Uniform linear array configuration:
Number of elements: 24
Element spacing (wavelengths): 0.5
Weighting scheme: exponential
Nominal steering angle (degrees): -30
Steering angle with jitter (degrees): -29.183
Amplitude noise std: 0.05
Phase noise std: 0.05

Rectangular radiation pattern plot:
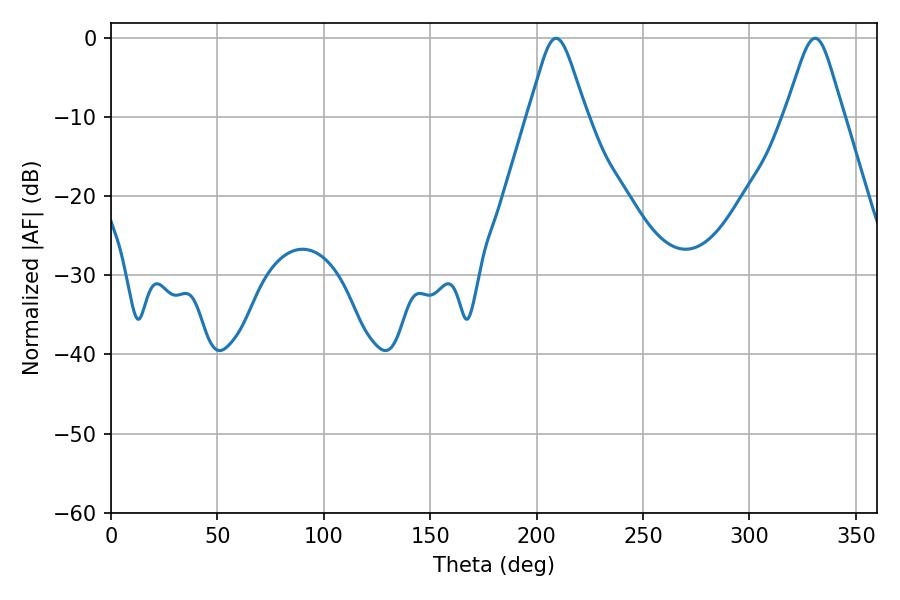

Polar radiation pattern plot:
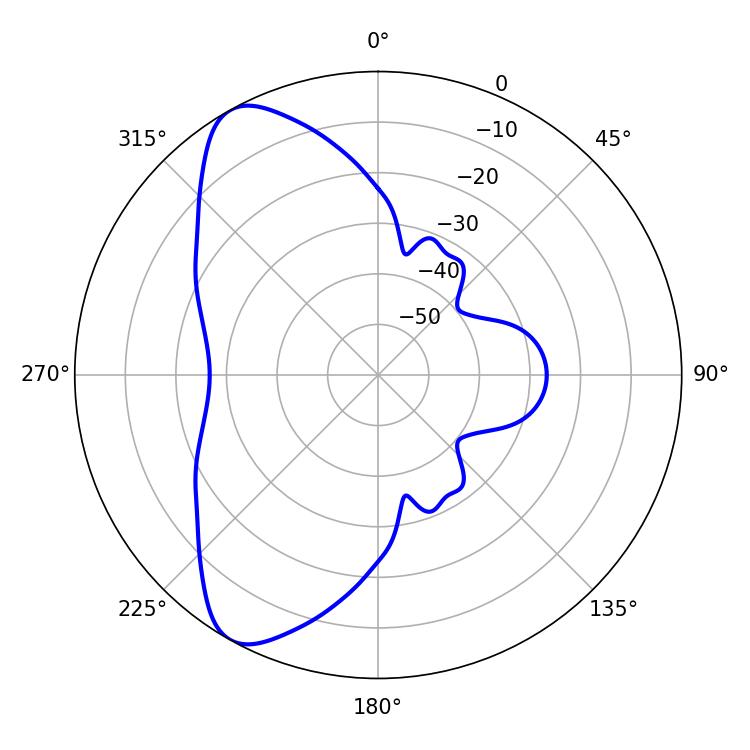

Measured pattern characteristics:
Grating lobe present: FALSE
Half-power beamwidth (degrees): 13.14
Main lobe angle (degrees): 209.16